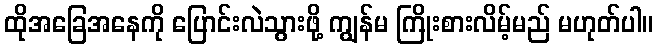
ထိုအခြေအနေကို ပြောင်းလဲသွားဖို့ ကျွန်မ ကြိုးစားလိမ့်မည် မဟုတ်ပါ။